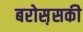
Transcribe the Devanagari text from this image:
बरोस़सकी